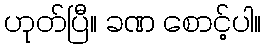
ဟုတ်ပြီ။ ခဏ စောင့်ပါ။